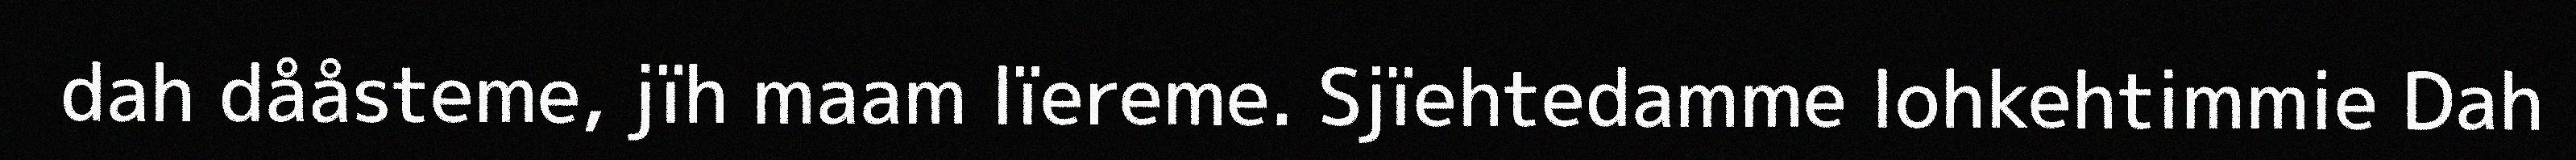
dah dååsteme, jïh maam lïereme. Sjïehtedamme lohkehtimmie Dah